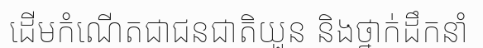
ដើមកំណើតជាជនជាតិយួន និងថ្នាក់ដឹកនាំ